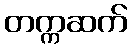
တက္ကဆက်